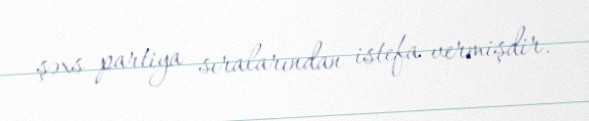
şəxs partiya sıralarından istefa vermişdir.